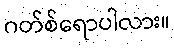
ဂတ်စ်ရောပါလား။